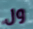
ول